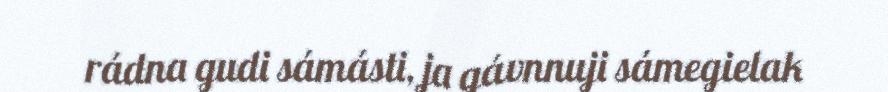
rádna gudi sámásti, ja gávnnuji sámegielak